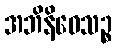
အဘိနိဝေသဉ္စ